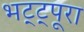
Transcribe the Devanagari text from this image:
भट्ट्पूरा